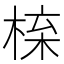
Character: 𭪱